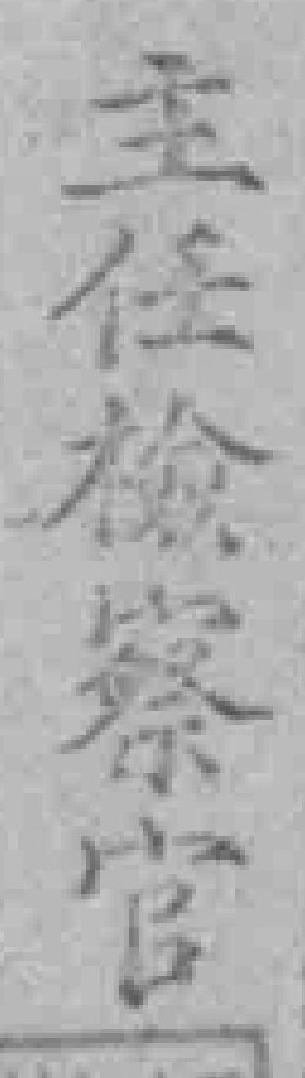
主任檢察官